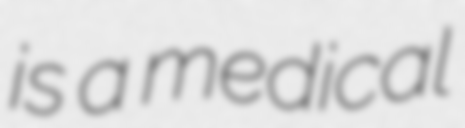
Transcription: is a medical